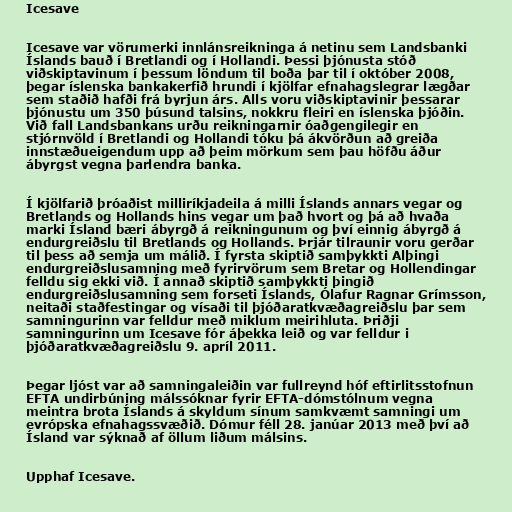
Icesave

Icesave var vörumerki innlánsreikninga á netinu sem Landsbanki
Íslands bauð í Bretlandi og í Hollandi. Þessi þjónusta stóð
viðskiptavinum í þessum löndum til boða þar til í október 2008,
þegar íslenska bankakerfið hrundi í kjölfar efnahagslegrar lægðar
sem staðið hafði frá byrjun árs. Alls voru viðskiptavinir þessarar
þjónustu um 350 þúsund talsins, nokkru fleiri en íslenska þjóðin.
Við fall Landsbankans urðu reikningarnir óaðgengilegir en
stjórnvöld í Bretlandi og Hollandi tóku þá ákvörðun að greiða
innstæðueigendum upp að þeim mörkum sem þau höfðu áður
ábyrgst vegna þarlendra banka.

Í kjölfarið þróaðist milliríkjadeila á milli Íslands annars vegar og
Bretlands og Hollands hins vegar um það hvort og þá að hvaða
marki Ísland bæri ábyrgð á reikningunum og því einnig ábyrgð á
endurgreiðslu til Bretlands og Hollands. Þrjár tilraunir voru gerðar
til þess að semja um málið. Í fyrsta skiptið samþykkti Alþingi
endurgreiðslusamning með fyrirvörum sem Bretar og Hollendingar
felldu sig ekki við. Í annað skiptið samþykkti þingið
endurgreiðslusamning sem forseti Íslands, Ólafur Ragnar Grímsson,
neitaði staðfestingar og vísaði til þjóðaratkvæðagreiðslu þar sem
samningurinn var felldur með miklum meirihluta. Þriðji
samningurinn um Icesave fór áþekka leið og var felldur i
þjóðaratkvæðagreiðslu 9. apríl 2011.

Þegar ljóst var að samningaleiðin var fullreynd hóf eftirlitsstofnun
EFTA undirbúning málssóknar fyrir EFTA-dómstólnum vegna
meintra brota Íslands á skyldum sínum samkvæmt samningi um
evrópska efnahagssvæðið. Dómur féll 28. janúar 2013 með því að
Ísland var sýknað af öllum liðum málsins.

Upphaf Icesave.